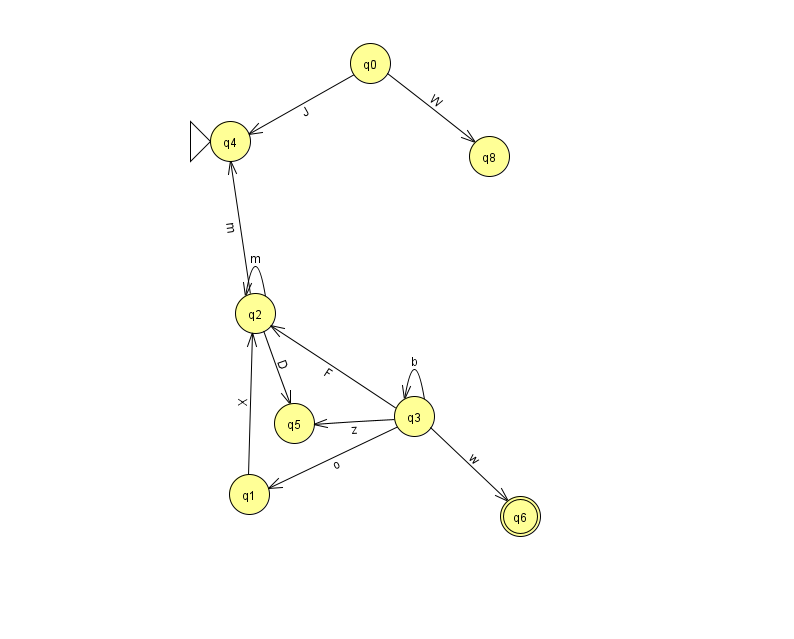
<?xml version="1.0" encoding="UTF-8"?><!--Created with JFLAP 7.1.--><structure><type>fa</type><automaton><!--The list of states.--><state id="0" name="q0"><x>370.0</x><y>50.0</y></state><state id="1" name="q1"><x>249.0</x><y>481.0</y></state><state id="2" name="q2"><x>255.0</x><y>300.0</y></state><state id="3" name="q3"><x>414.0</x><y>403.0</y></state><state id="4" name="q4"><x>230.0</x><y>128.0</y><initial/></state><state id="5" name="q5"><x>294.0</x><y>410.0</y></state><state id="6" name="q6"><x>520.0</x><y>503.0</y><final/></state><state id="8" name="q8"><x>489.0</x><y>143.0</y></state><!--The list of transitions.--><transition><from>3</from><to>3</to><read>b</read></transition><transition><from>3</from><to>5</to><read>z</read></transition><transition><from>1</from><to>2</to><read>X</read></transition><transition><from>3</from><to>1</to><read>o</read></transition><transition><from>3</from><to>2</to><read>F</read></transition><transition><from>0</from><to>8</to><read>W</read></transition><transition><from>3</from><to>6</to><read>w</read></transition><transition><from>2</from><to>5</to><read>D</read></transition><transition><from>0</from><to>4</to><read>J</read></transition><transition><from>2</from><to>2</to><read>m</read></transition><transition><from>2</from><to>4</to><read>m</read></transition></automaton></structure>